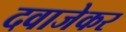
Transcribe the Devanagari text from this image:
दवाजेकर